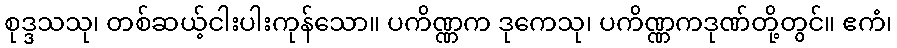
စုဒ္ဒသသု၊ တစ်ဆယ့်ငါးပါးကုန်သော။ ပကိဏ္ဏက ဒုကေသု၊ ပကိဏ္ဏကဒုဏ်တို့တွင်။ ဧကံ၊